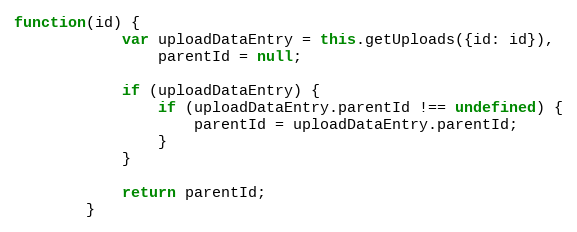
Language: JavaScript
function(id) {
            var uploadDataEntry = this.getUploads({id: id}),
                parentId = null;

            if (uploadDataEntry) {
                if (uploadDataEntry.parentId !== undefined) {
                    parentId = uploadDataEntry.parentId;
                }
            }

            return parentId;
        }